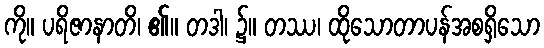
ကို။ ပရိဇာနာတိ၊ ၏။ တဒါ၊ ၌။ တဿ၊ ထိုသောတာပန်အစရှိသော